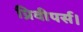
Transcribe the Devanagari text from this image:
प्रिवीपर्स।